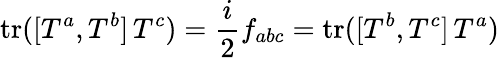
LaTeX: \mathrm{tr}([T^{a},T^{b}]\, T^{c})=\frac{i}{2}f_{abc}=\mathrm{tr}([T^{b},T^{c}]\, T^{a})